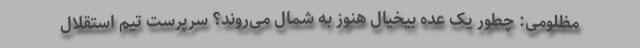
مظلومی: چطور یک عده بیخیال هنوز به شمال می‌روند؟ سرپرست تیم استقلال